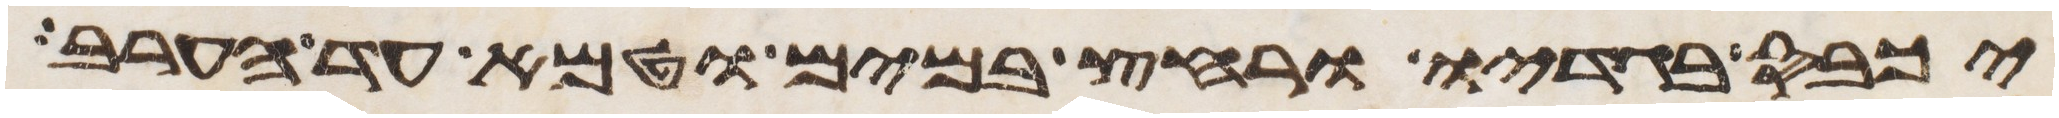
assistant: יכבס בגדיו ורחץ במים וטמא עד הערב